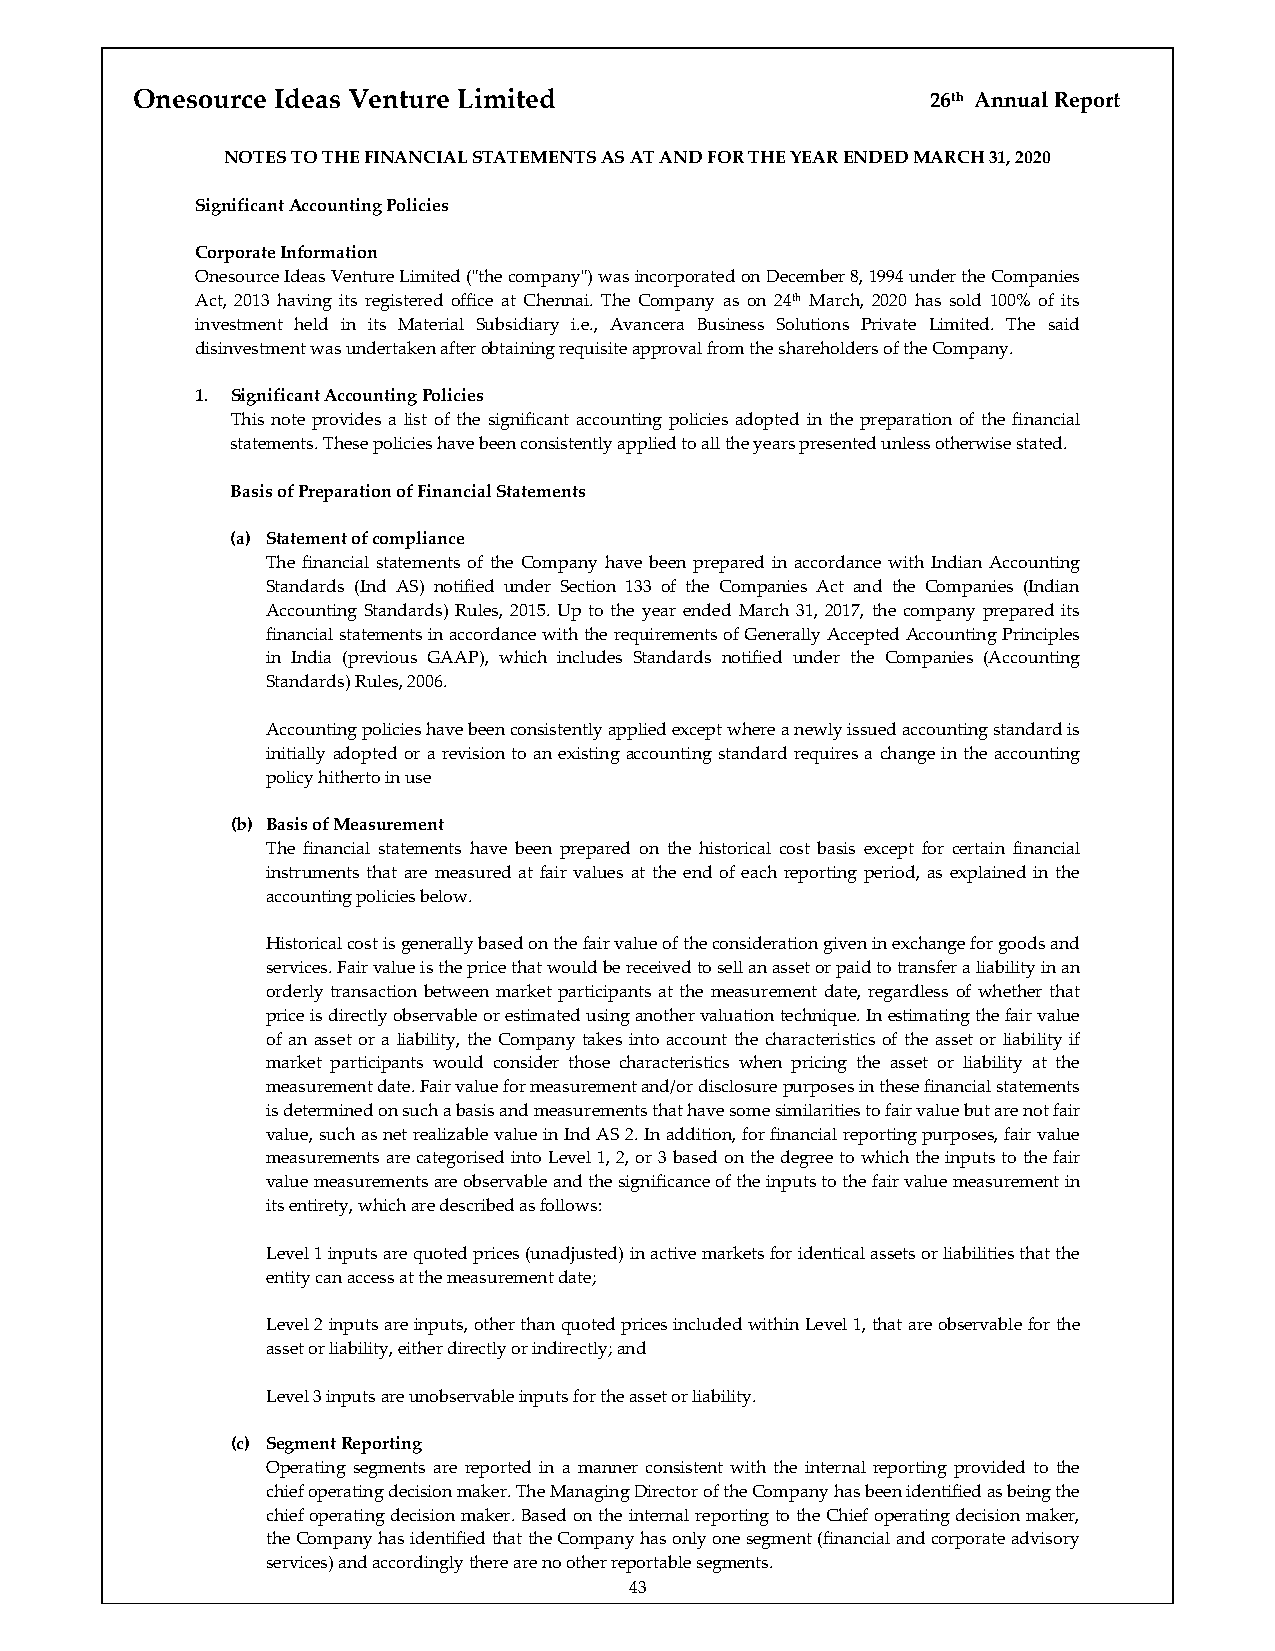
Onesource Ideas Venture Limited                      26th Annual Report
 NOTES TO THE FINANCIAL STATEMENTS AS AT AND FOR THE YEAR ENDED MARCH 31, 2020
 Significant Accounting Policies
 Corporate Information
 Onesource Ideas Venture Limited (ʺthe companyʺ) was incorporated on December 8, 1994 under the Companies
 Act, 2013 having its registered office at Chennai. The Company as on 24th March, 2020 has sold 100% of its
 investment held in its Material Subsidiary i.e., Avancera Business Solutions Private Limited. The said
 disinvestment was undertaken after obtaining requisite approval from the shareholders of the Company.
 1. Significant Accounting Policies
 This note provides a list of the significant accounting policies adopted in the preparation of the financial
 statements. These policies have been consistently applied to all the years presented unless otherwise stated.
 Basis of Preparation of Financial Statements
 (a) Statement of compliance
 The financial statements of the Company have been prepared in accordance with Indian Accounting
 Standards (Ind AS) notified under Section 133 of the Companies Act and the Companies (Indian
 Accounting Standards) Rules, 2015. Up to the year ended March 31, 2017, the company prepared its
 financial statements in accordance with the requirements of Generally Accepted Accounting Principles
 in India (previous GAAP), which includes Standards notified under the Companies (Accounting
 Standards) Rules, 2006.
 Accounting policies have been consistently applied except where a newly issued accounting standard is
 initially adopted or a revision to an existing accounting standard requires a change in the accounting
 policy hitherto in use
 (b) Basis of Measurement
 The financial statements have been prepared on the historical cost basis except for certain financial
 instruments that are measured at fair values at the end of each reporting period, as explained in the
 accounting policies below.
 Historical cost is generally based on the fair value of the consideration given in exchange for goods and
 services. Fair value is the price that would be received to sell an asset or paid to transfer a liability in an
 orderly transaction between market participants at the measurement date, regardless of whether that
 price is directly observable or estimated using another valuation technique. In estimating the fair value
 of an asset or a liability, the Company takes into account the characteristics of the asset or liability if
 market participants would consider those characteristics when pricing the asset or liability at the
 measurement date. Fair value for measurement and/or disclosure purposes in these financial statements
 is determined on such a basis and measurements that have some similarities to fair value but are not fair
 value, such as net realizable value in Ind AS 2. In addition, for financial reporting purposes, fair value
 measurements are categorised into Level 1, 2, or 3 based on the degree to which the inputs to the fair
 value measurements are observable and the significance of the inputs to the fair value measurement in
 its entirety, which are described as follows:
 Level 1 inputs are quoted prices (unadjusted) in active markets for identical assets or liabilities that the
 entity can access at the measurement date;
 Level 2 inputs are inputs, other than quoted prices included within Level 1, that are observable for the
 asset or liability, either directly or indirectly; and
 Level 3 inputs are unobservable inputs for the asset or liability.
 (c) Segment Reporting
 Operating segments are reported in a manner consistent with the internal reporting provided to the
 chief operating decision maker. The Managing Director of the Company has been identified as being the
 chief operating decision maker. Based on the internal reporting to the Chief operating decision maker,
 the Company has identified that the Company has only one segment (financial and corporate advisory
 services) and accordingly there are no other reportable segments.
 43